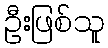
ဦးဖြစ်သူ